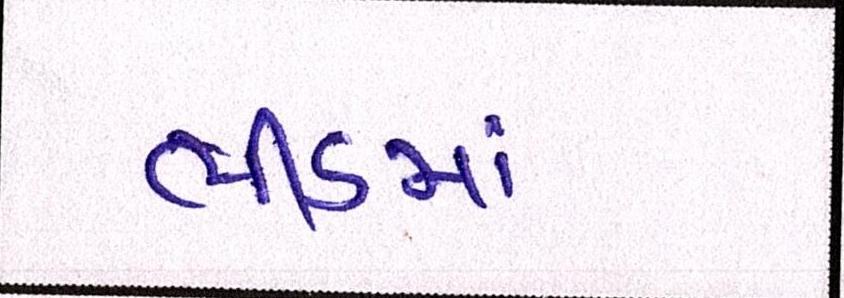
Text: ભીડમાં